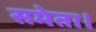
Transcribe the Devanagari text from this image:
समेता।